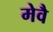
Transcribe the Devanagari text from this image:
मेवै